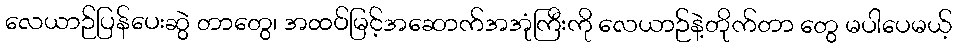
လေယာဉ်ပြန်ပေးဆွဲ တာတွေ၊ အထပ်မြင့်အဆောက်အအုံကြီးကို လေယာဉ်နဲ့တိုက်တာ တွေ မပါပေမယ့်